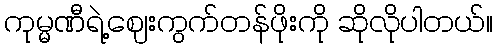
ကုမ္မဏီရဲ့ဈေးကွက်တန်ဖိုးကို ဆိုလိုပါတယ်။